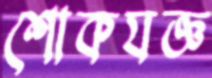
শোকযজ্ঞ